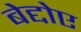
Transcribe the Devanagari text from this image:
बेद्दोए